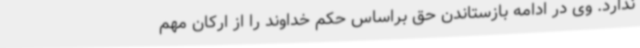
ندارد. وی در ادامه بازستاندن حق براساس حکم خداوند را از ارکان مهم